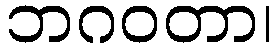
ဘဂဝတာ၊